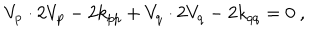
V _ { p } \cdot 2 V _ { p } - 2 k _ { p p } + V _ { q } \cdot 2 V _ { q } - 2 k _ { q q } = 0 ~ ,